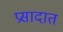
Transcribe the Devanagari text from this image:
प्रसादात